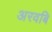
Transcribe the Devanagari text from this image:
अरवबि